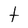
Character: t